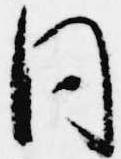
同